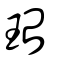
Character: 珆